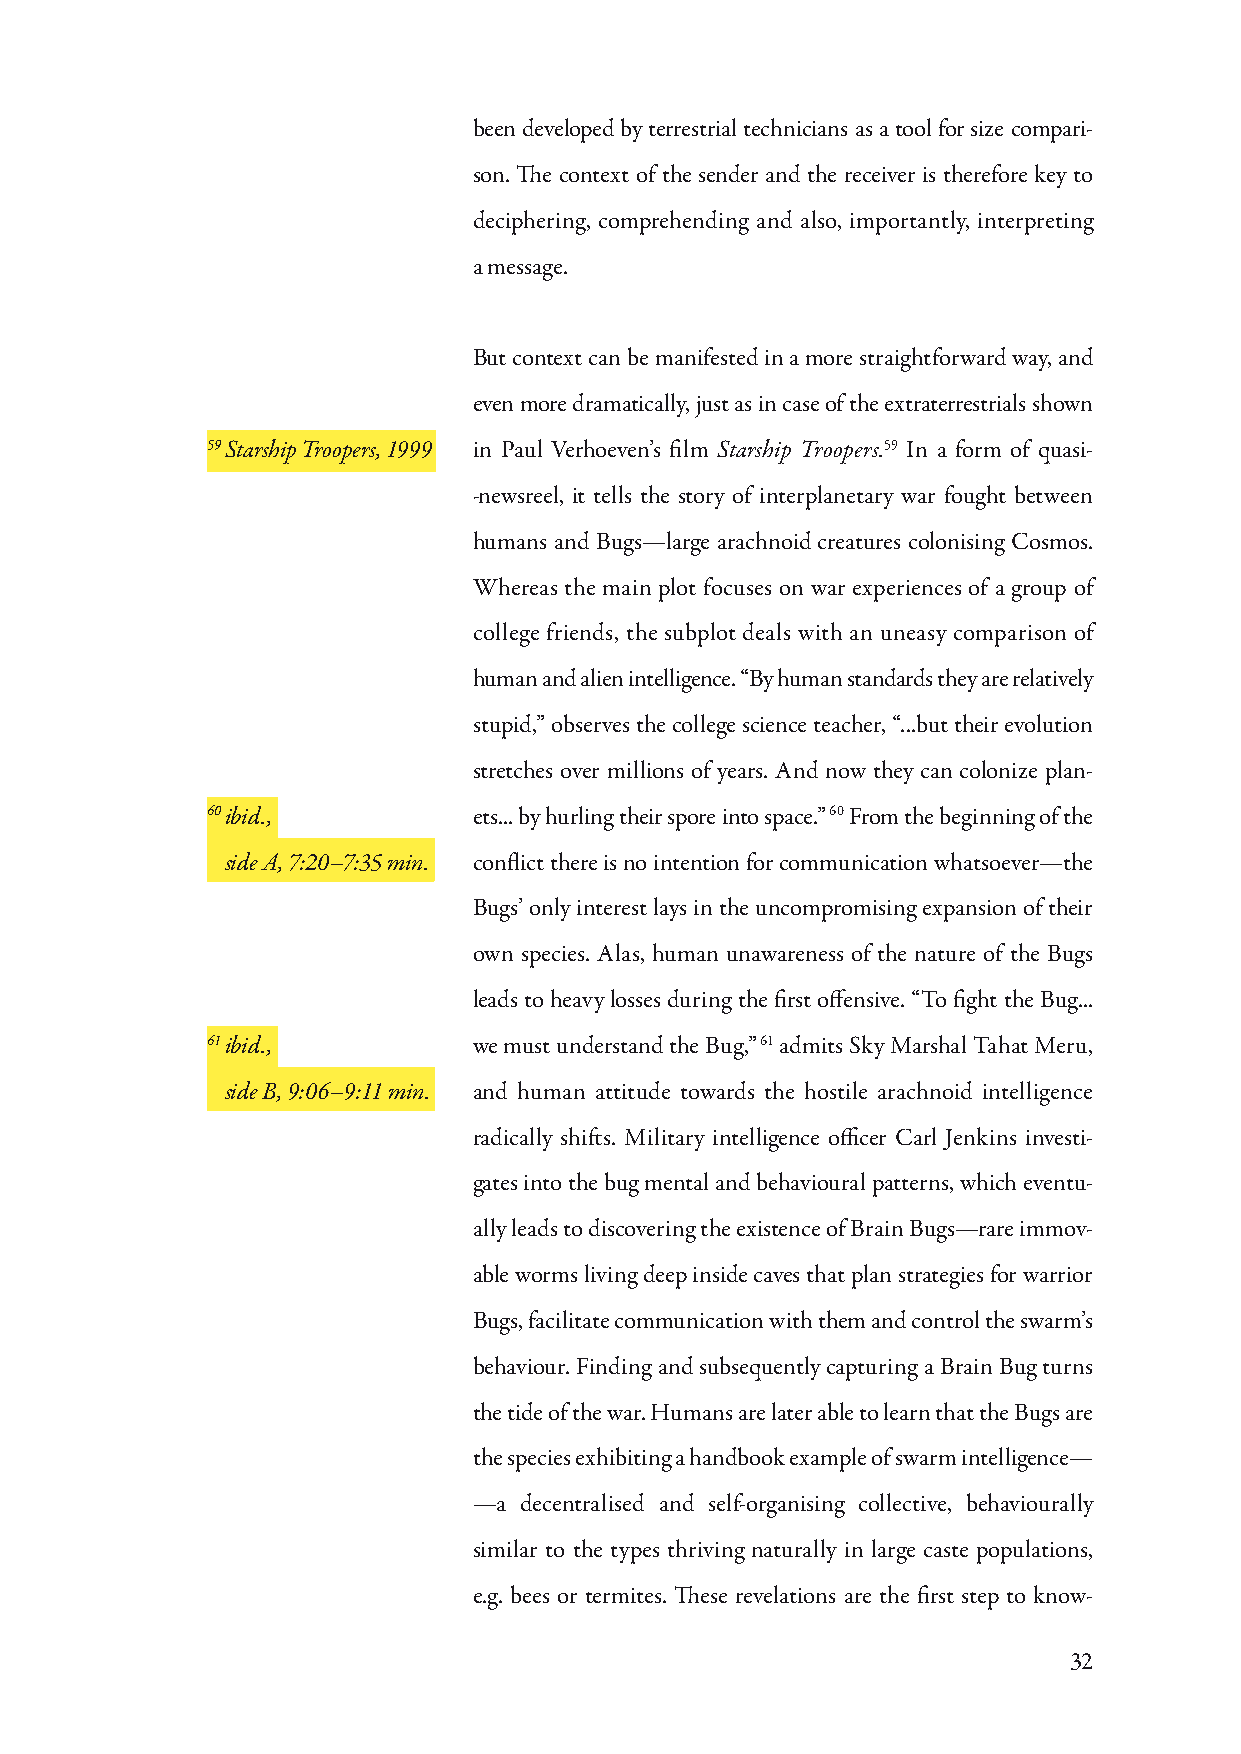
been developed by terrestrial technicians as a tool for size compari-
 son. The context of the sender and the receiver is therefore key to
 deciphering, comprehending and also, importantly, interpreting
 a message.
 But context can be manifested in a more straightforward way, and
 even more dramatically, just as in case of the extraterrestrials shown
 59 Starship Troopers, 1999 in Paul Verhoeven’s film Starship Troopers.59 In a form of quasi-
 -newsreel, it tells the story of interplanetary war fought between
 humans and Bugs—large arachnoid creatures colonising Cosmos.
 Whereas the main plot focuses on war experiences of a group of
 college friends, the subplot deals with an uneasy comparison of
 human and alien intelligence. “By human standards they are relatively
 stupid,” observes the college science teacher, “...but their evolution
 stretches over millions of years. And now they can colonize plan-
 60 ibid.,        ets... by hurling their spore into space.” 60 From the beginning of the
 side A, 7:20–7:35 min. conflict there is no intention for communication whatsoever—the
 Bugs’ only interest lays in the uncompromising expansion of their
 own species. Alas, human unawareness of the nature of the Bugs
 leads to heavy losses during the first offensive. “To fight the Bug...
 61 ibid.,        we must understand the Bug,” 61 admits Sky Marshal Tahat Meru,
 side B, 9:06–9:11 min. and human attitude towards the hostile arachnoid intelligence
 radically shifts. Military intelligence officer Carl Jenkins investi-
 gates into the bug mental and behavioural patterns, which eventu-
 ally leads to discovering the existence of Brain Bugs—rare immov-
 able worms living deep inside caves that plan strategies for warrior
 Bugs, facilitate communication with them and control the swarm’s
 behaviour. Finding and subsequently capturing a Brain Bug turns
 the tide of the war. Humans are later able to learn that the Bugs are
 the species exhibiting a handbook example of swarm intelligence—
 —a decentralised and self-organising collective, behaviourally
 similar to the types thriving naturally in large caste populations,
 e.g. bees or termites. These revelations are the first step to know-
 32